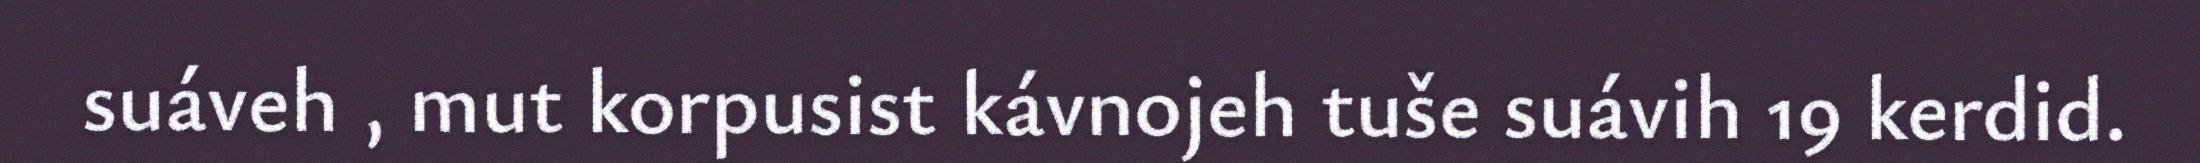
suáveh , mut korpusist kávnojeh tuše suávih 19 kerdid.